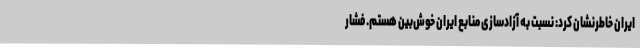
ایران خاطرنشان کرد: نسبت به آزادسازی منابع ایران خوش‌بین هستم. فشار